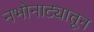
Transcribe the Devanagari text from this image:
नभोनाट्यातून